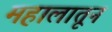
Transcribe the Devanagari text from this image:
महालातून